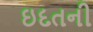
ઇદતની